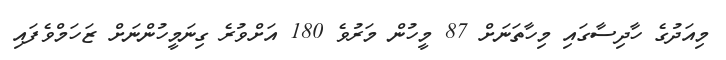
މިއަދުގެ ހާދިސާގައި މިހާތަނަށް 87 މީހުން މަރުވެ 180 އަށްވުރެ ގިނަމީހުންނަށް ޒަހަމްވެފައި